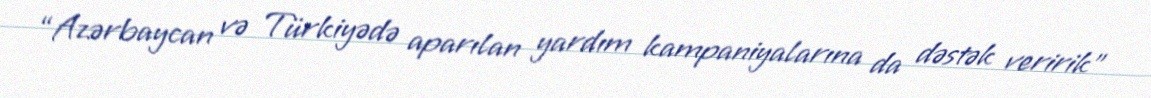
“Azərbaycan və Türkiyədə aparılan yardım kampaniyalarına da dəstək veririk"